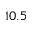
1 0 . 5